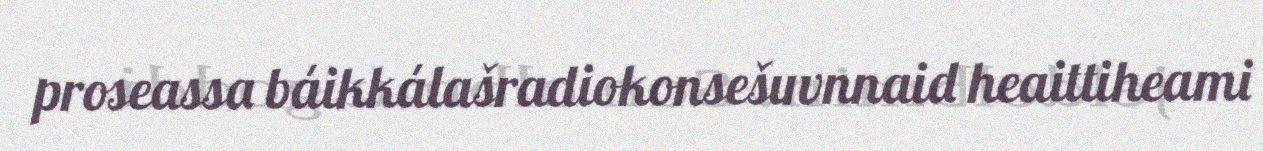
proseassa báikkálašradiokonsešuvnnaid heaittiheami